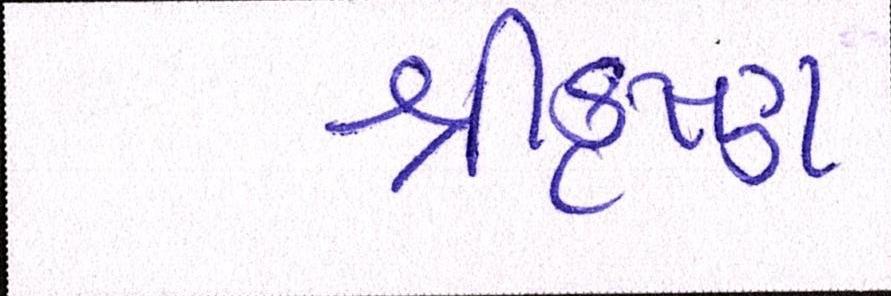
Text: શ્રીકૃષ્ણ